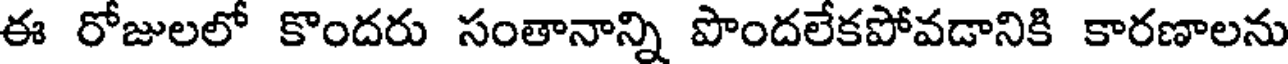
ఈ రోజులలో కొందరు సంతానాన్ని పొందలేకపోవడానికి కారణాలను